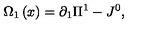
\Omega _ { 1 } \left( x \right) = \partial _ { 1 } \Pi ^ { 1 } - J ^ { 0 } ,